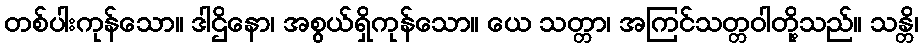
တစ်ပါးကုန်သော။ ဒါဌိနော၊ အစွယ်ရှိကုန်သော။ ယေ သတ္တာ၊ အကြင်သတ္တဝါတို့သည်။ သန္တိ၊